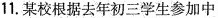
11.某校根据去年初三学生参加中